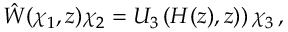
\hat { W } ( \chi _ { 1 } , z ) \chi _ { 2 } = U _ { 3 } \left( H ( z ) , z ) \right) \chi _ { 3 } \, ,